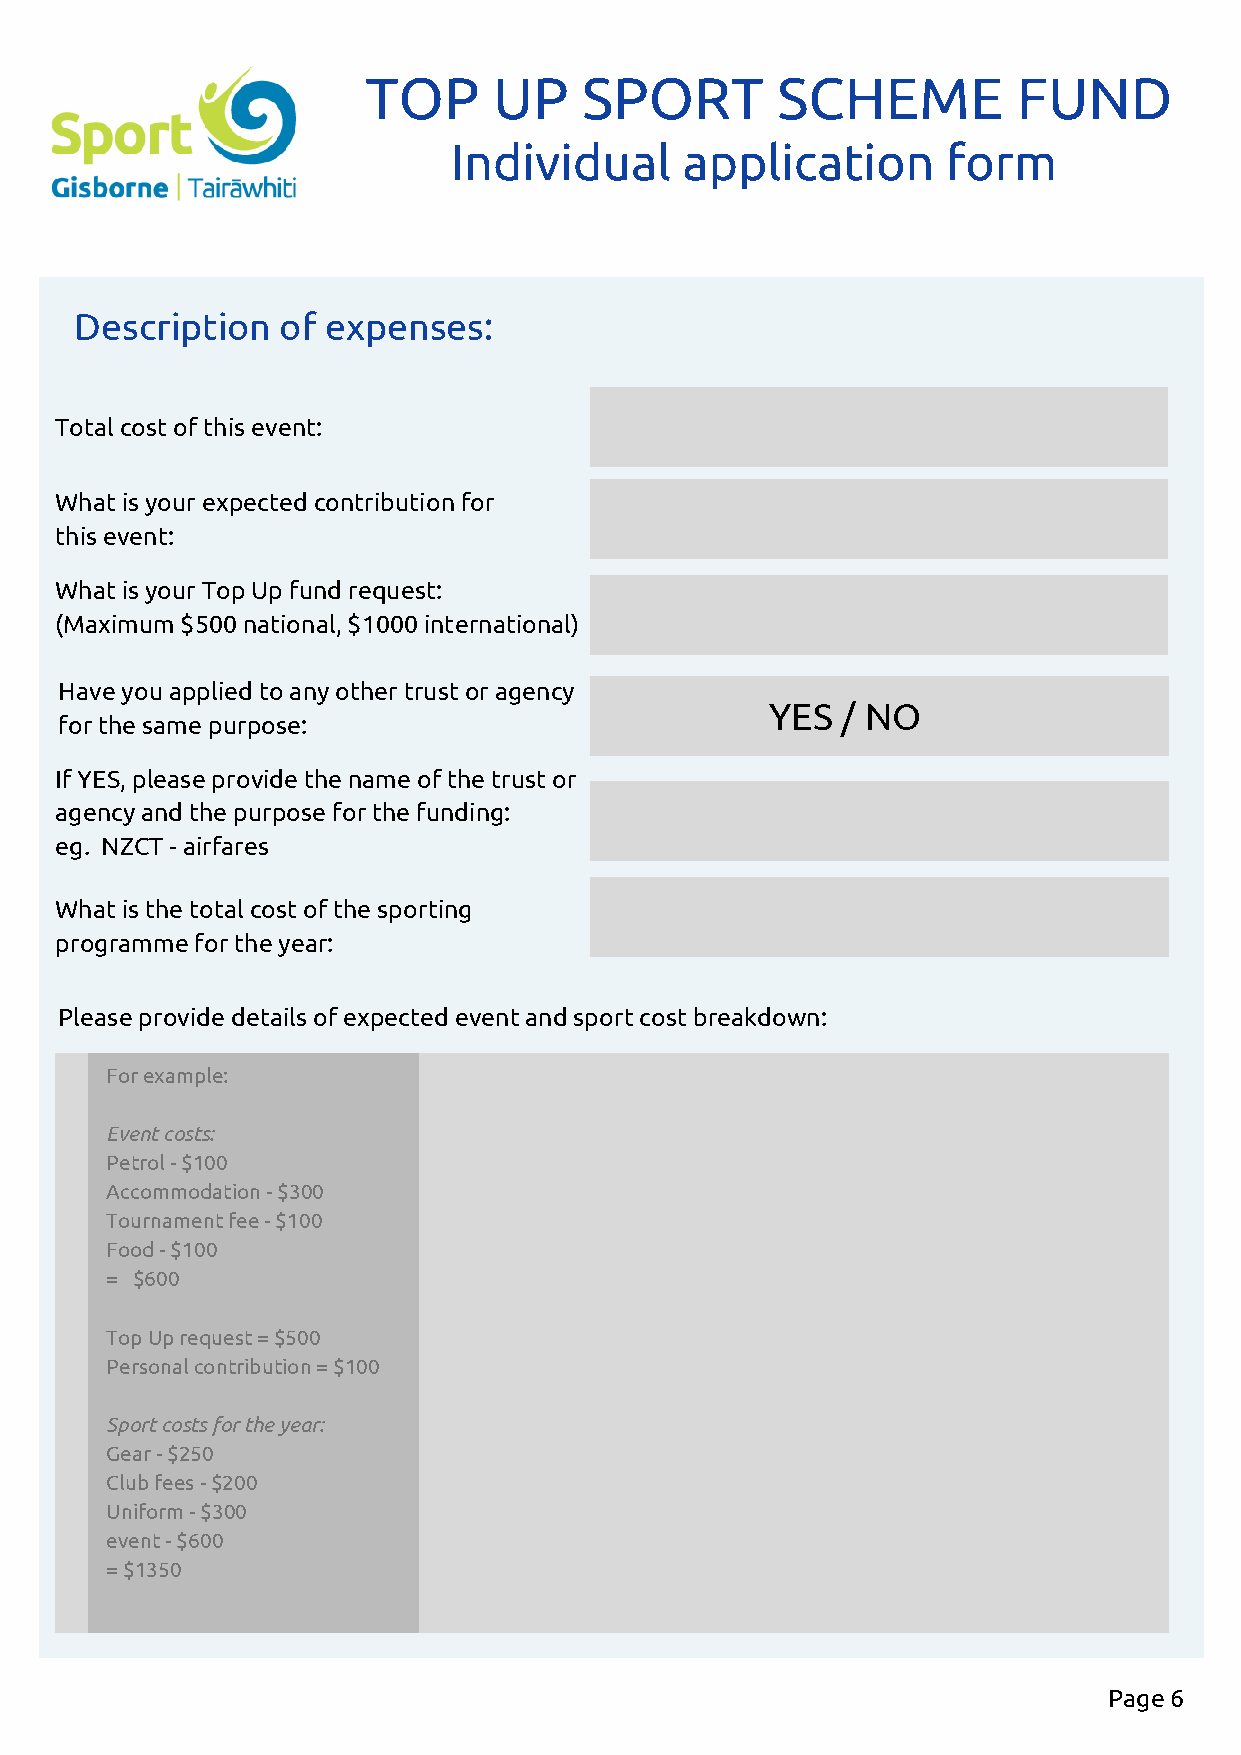
TOP      UP    SPORT       SCHEME          FUND
 Individual     application       form
 Description  of expenses:
 Total cost of this event:
 What is your expected contribution for
 this event:
 What is your Top Up fund request:
 (Maximum $500 national, $1000 international)
 Have you applied to any other trust or agency
 YES  / NO
 for the same purpose:
 If YES, please provide the name of the trust or
 agency and the purpose for the funding:
 eg. NZCT - airfares
 What is the total cost of the sporting
 programme for the year:
 Please provide details of expected event and sport cost breakdown:
 For example:
 Event costs:
 Petrol - $100
 Accommodation - $300
 Tournament fee - $100
 Food - $100
 = $600
 Top Up request = $500
 Personal contribution = $100
 Sport costs for the year:
 Gear - $250
 Club fees - $200
 Uniform - $300
 event - $600
 = $1350
 Page 6